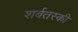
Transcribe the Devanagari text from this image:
शर्बतस्की